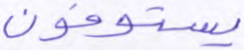
يستوفون